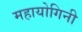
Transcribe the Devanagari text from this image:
महायोगिनी